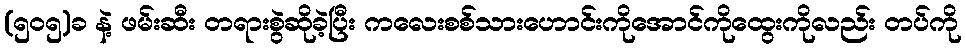
(၅၀၅)ခ နဲ့ ဖမ်းဆီး တရားစွဲဆိုခဲ့ပြီး ကလေးစစ်သားဟောင်းကိုအောင်ကိုထွေးကိုလည်း တပ်ကို